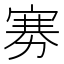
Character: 𪧔